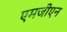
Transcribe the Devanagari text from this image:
एमजीएन